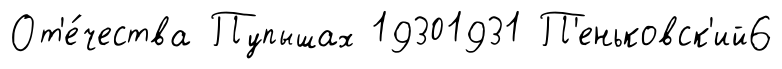
От'е́чества Пупышах 19301931 П'еньковск'ий6